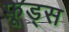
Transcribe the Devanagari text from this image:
फ़ूड्स